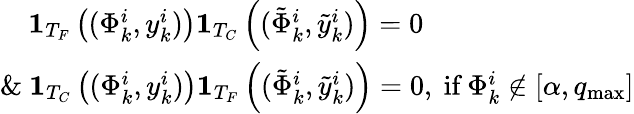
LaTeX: \begin{array}{r}{\begin{array}{lcr}{\quad\mathbf{1}_{T_{F}}\left((\Phi_{k}^{i},y_{k}^{i})\right)\mathbf{1}_{T_{C}}\left((\tilde{\Phi}_{k}^{i},\tilde{y}_{k}^{i})\right)=0}\\ {\& \ \mathbf{1}_{T_{C}}\left((\Phi_{k}^{i},y_{k}^{i})\right)\mathbf{1}_{T_{F}}\left((\tilde{\Phi}_{k}^{i},\tilde{y}_{k}^{i})\right)=0,\ \textrm{if}\ \Phi_{k}^{i}\notin\left[\alpha,q_{\operatorname*{max}}\right]}\end{array}}\end{array}